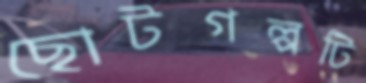
ছোটগল্পটি